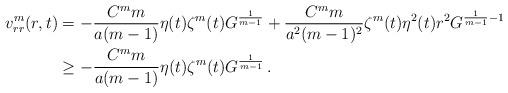
LaTeX: \begin{align*}\begin{aligned}v^m_{rr}(r,t)&=-\frac{C^m m}{a(m-1)}\eta(t)\zeta^m(t) G^{\frac 1{m-1}} + \frac{C^m m}{a^2(m-1)^2} \zeta^m(t) \eta^2(t) r^2 G^{\frac1{m-1}-1}\\&\geq -\frac{C^m m}{a(m-1)}\eta(t)\zeta^m(t) G^{\frac 1{m-1}} \,.\end{aligned}\end{align*}